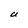
Character: U